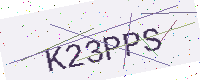
Text: K23PPS